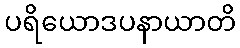
ပရိယောဒပနာယာတိ